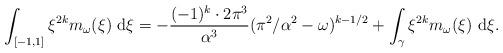
LaTeX: \begin{align*}\int_{[-1,1]} \xi^{2k} m_{\omega} (\xi) \ \mathrm{d} \xi = - \frac{(-1)^k \cdot 2 \pi^3}{\alpha^3} (\pi^2 / \alpha^2 - \omega)^{k-1/2} + \int_{\gamma} \xi^{2k} m_\omega (\xi) \ \mathrm{d} \xi . \end{align*}